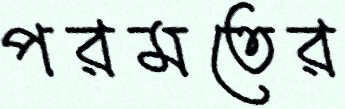
পরমতের